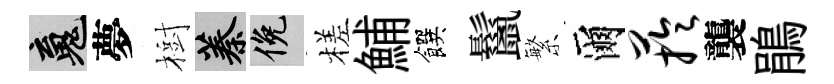
魂夢樹蓁俯槎鯆饌鬣繁爾芋襲鵑